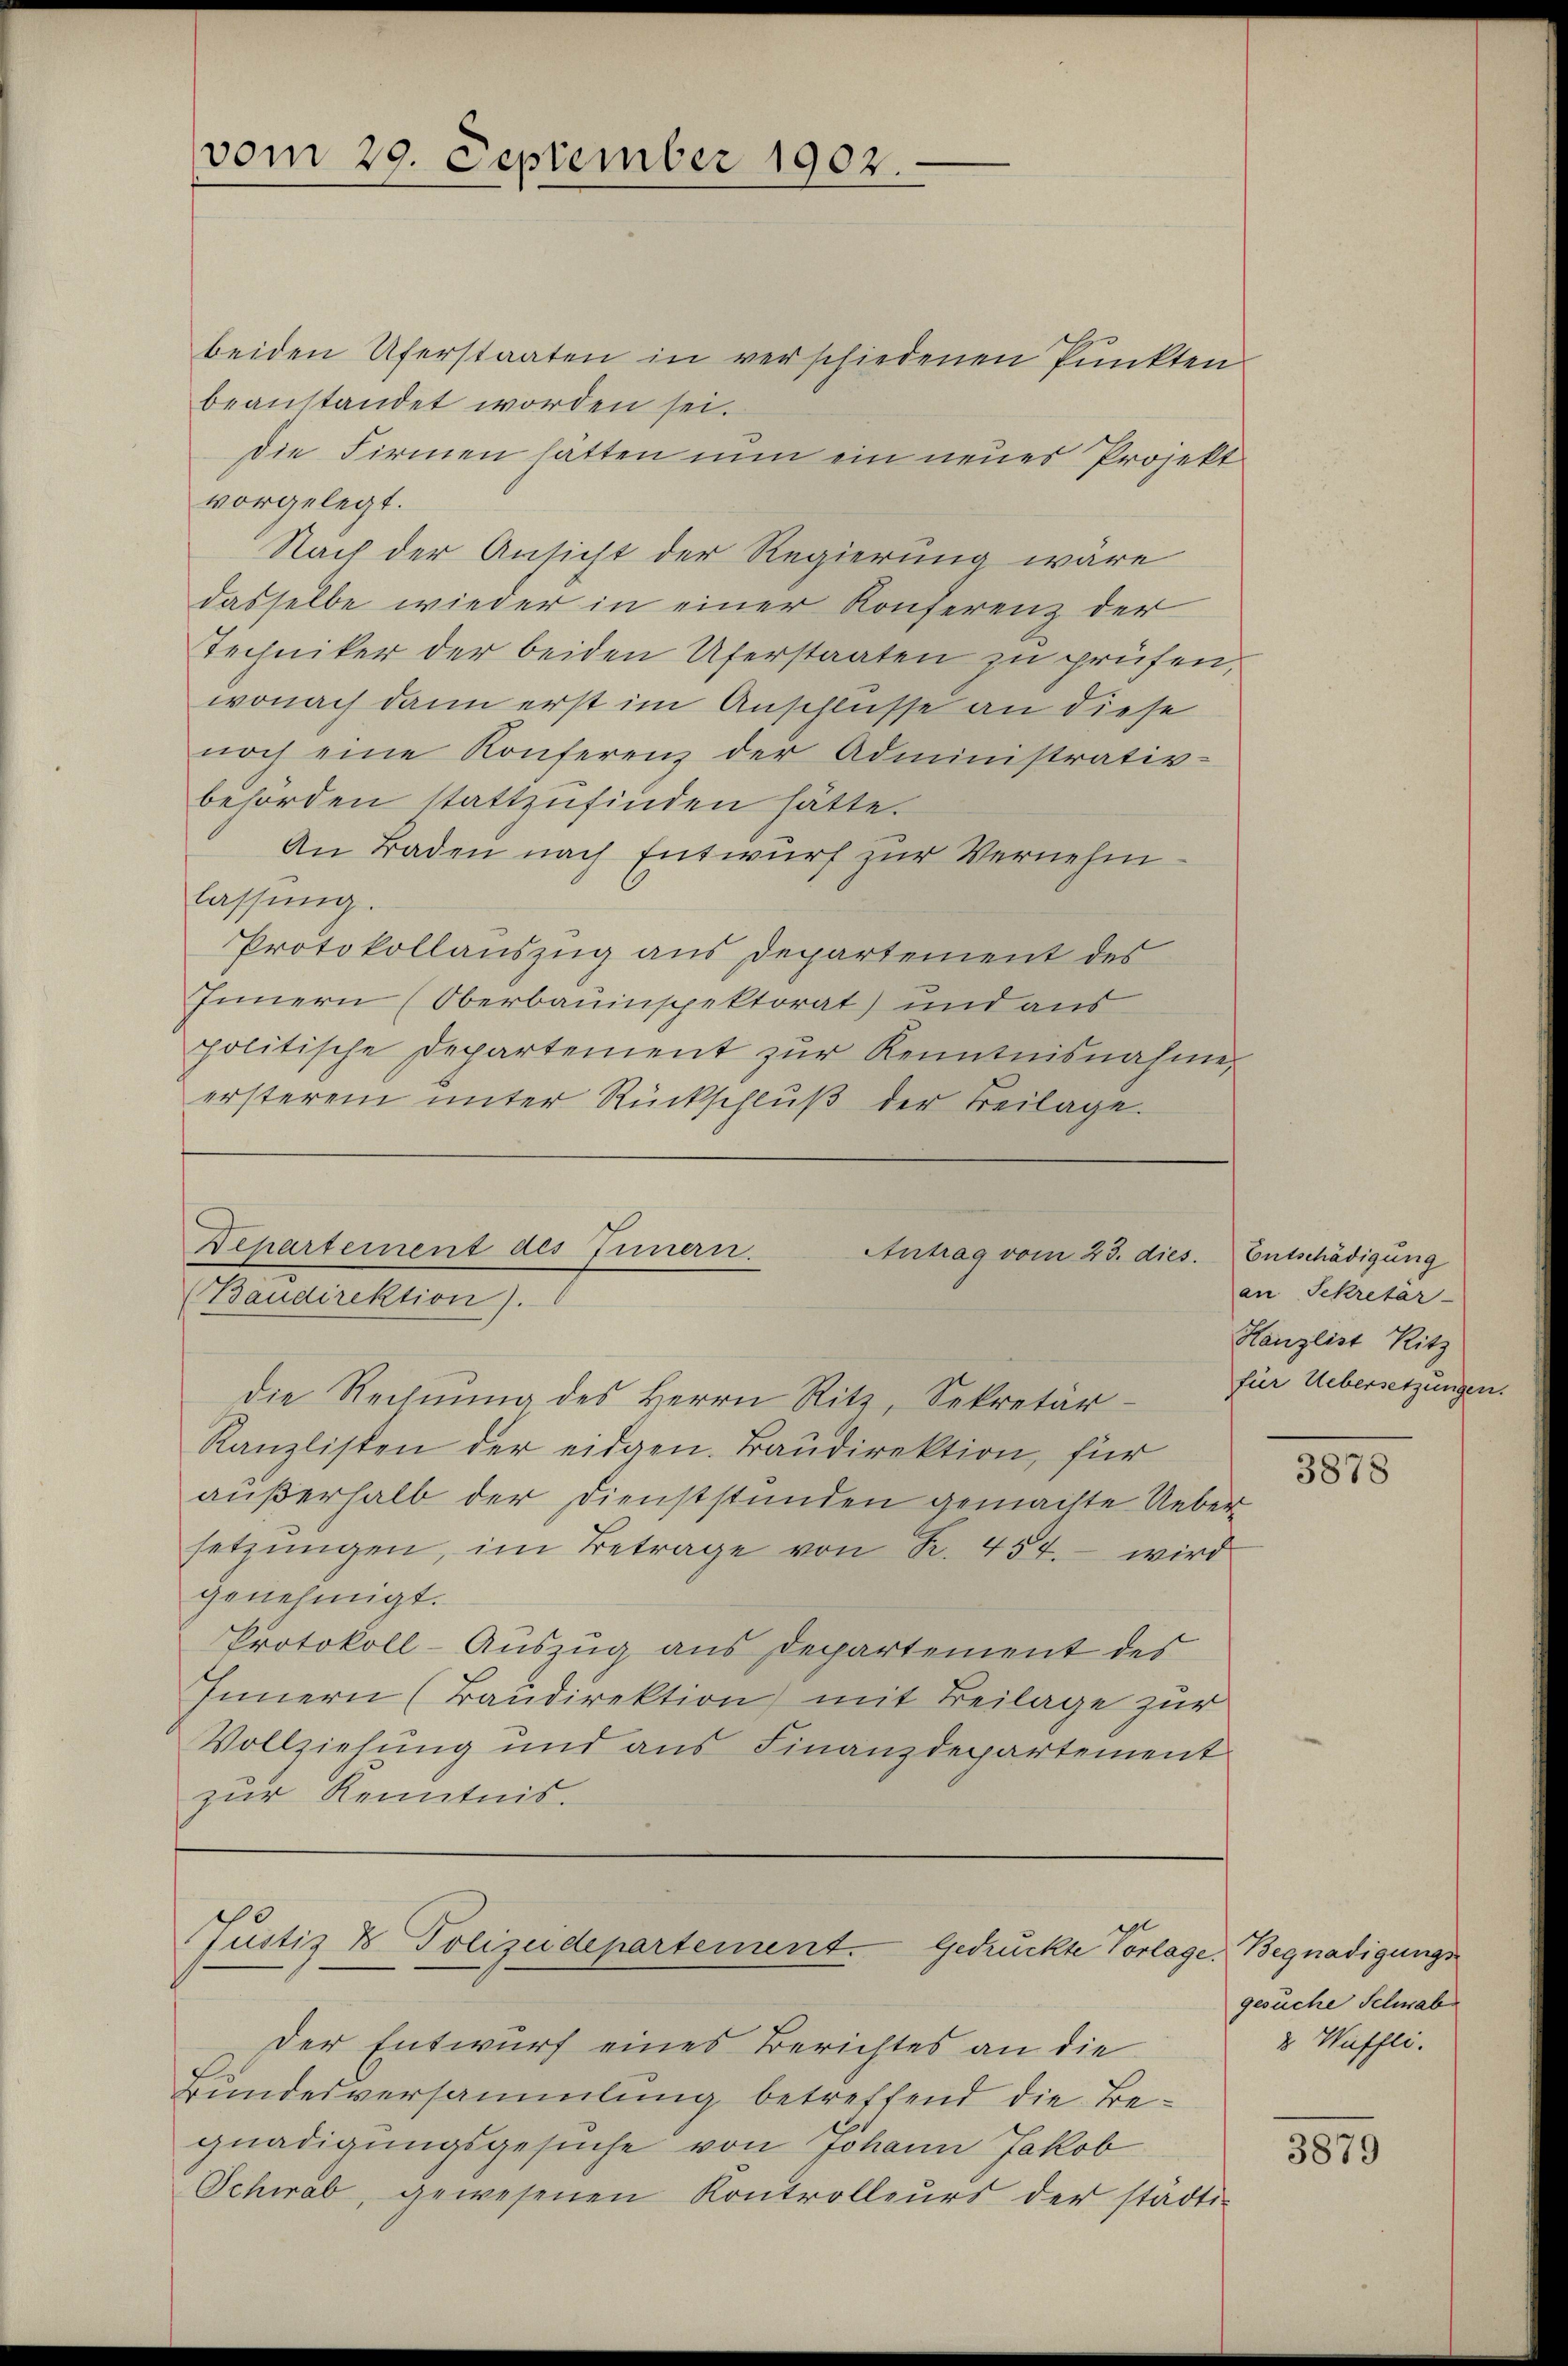
vom 29. September 1902.

beiden Uferstaaten in verschiedenen Punkten
beanstandet worden sei.
Die Firmen hätten nun ein neues Projekt
vorgelegt.
Nach der Ansicht der Regierung wäre
dasselbe wieder in einer Konferenz der
Techniker der beiden Uferstaaten zu prüfen,
wonach dann erst im Anschlüsse an diese
noch eine Konferenz der Administrativ-
behörden stattzufinden hätte.
An Baden nach Entwurf zur Vernehmlassŭng.
Protokollauszug aus Departement des
Innern (Oberbauinspektorat) und aus
politische Departement zŭr Kenntnisnahme,
ersteren unter Rückschluß der Beilage.

Departement des Innern.
Antrag vom 23. dies. Entschädigung
(Baudirektion).
die Rechnung des Herrn Ritz, Sekretär - Ein Übersetzungen

Justiz & Polizeidepartement. Gedruckte Vorlage, Begnadigungs¬

Der Entwurf eines Berichtes an die
Bundesversammlung betreffend die Begnadigungsgesŭche von Johann Jakob
Schwab, gewesenen Kontrolleurs der städti-

Kanzlisten der eidgen. Baudirektion, für
außerhalb der Dienststunden gemachte Ueber
setzŭngen, im Betrage von Fr. 454. - wird
genehmigt.
Protokoll-Auszug aus Departement des
Innern (Baudirektion mit Beilage zur
Vollziehung und aus Finanzdepartement
zur Kenntnis.

an Sekretär-
Hanzlist Ritz

3878

gesuche Schwab
2 Wiffli.

3879